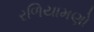
રળિયામણો